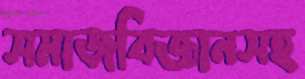
সমাজবিজ্ঞানসহ